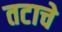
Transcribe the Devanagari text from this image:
तटाचे